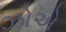
ઝોએ